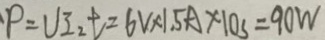
P = U I _ { 2 } t = 6 V \times 1 . 5 A \times 1 0 s = 9 0 W